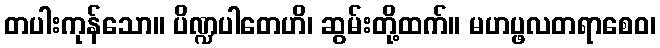
တပါးကုန်သော။ ပိဏ္ဍပါတေဟိ၊ ဆွမ်းတို့ထက်။ မဟပ္ဖလတရာစေဝ၊